Vaccination in Bombay 1874-1876 - 1874-1876
Year: 1874
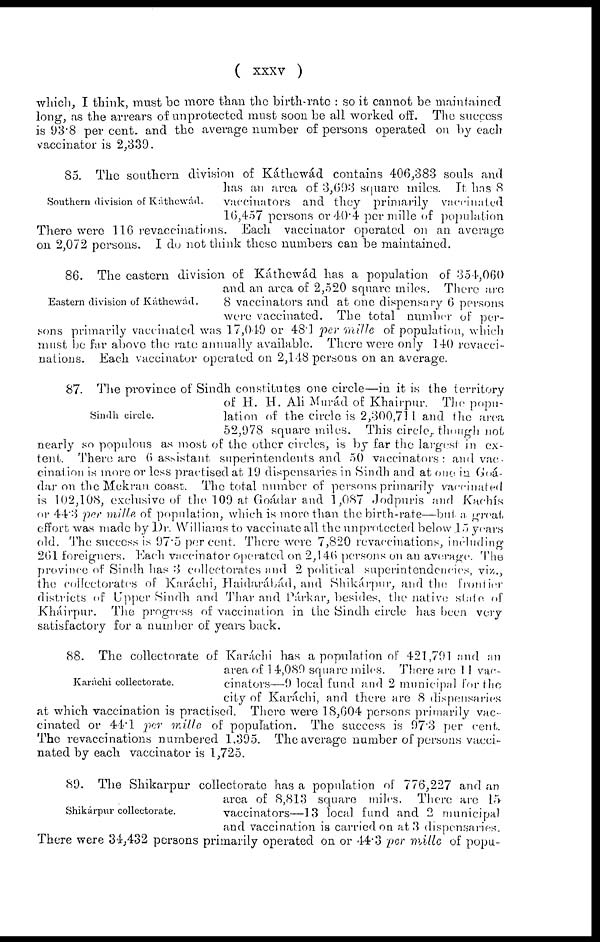
(
xxxv
)
which, I think, must be more than the birth-rate : so it cannot be maintained
long, as the arrears of unprotected must soon be all worked off. The success
is 93.8 per cent. and the average number of persons operated on by each
vaccinator is 2,339.
Southern division of Káthewád.
85. The southern division of Káthewád contains 406,383 souls and
has an area of 3,693 square miles. It has 8
vaccinators and they primarily vaccinated
16,457 persons or 40.4 per mille of population
There were 116 revaccinations. Each vaccinator operated on an average
on 2,072 persons. I do not think these numbers can be maintained.
Eastern division of Káthewád.
86. The eastern division of Káthewád has a population of 354,060
and an area of 2,520 square miles. There are
8 vaccinators and at one dispensary 6 persons
were vaccinated. The total number of per-
sons primarily vaccinated was 17,049 or 48.1 per mille of population, which
must be far above the rate annually available. There were only 140 revacci-
nations. Each vaccinator operated on 2,148 persons on an average.
Sindh circle.
87. The province of Sindh constitutes one circle—in it is the territory
of H. H. Ali Murád of Khairpur. The popu-
lation of the circle is 2,300,71 1 and the area
52,978 square miles. This circle, though not
nearly so populous as most of the other circles, is by far the largest in ex-
tent. There are 6 assistant superintendents and 50 vaccinators: and vac-
cination is more or less practised at 19 dispensaries in Sindh and at one in Goá-
dar on the Mekran coast. The total number of persons primarily vaccinated
is 102,108, exclusive of the 109 at Goádar and 1,087 Jodpuris and Kachís
or 44.3 per mille of population, which is more, than the birth-rate—but a great
effort was made by Dr. Williams to vaccinate all the unprotected below .15 years
old. The success is 97.5 per cent. There were 7,820 revaccinations, including
261 foreigners. Each vaccinator operated on 2,146 persons on an average. The
province of Sindh has 3 collectorates and 2 political superintendencies, viz.,
the collectorates of Karáchi, Haidarábád, and Shikárpur, and the frontier
districts of Upper Sindh and Thar and Párkar, besides, the native slate of
Kháirpur. The progress of vaccination in the Sindh circle has been very
satisfactory for a number of years back.
Karáchi collectorate.
88. The collectorate of Karáchi has a population of 421,791 and an
area of 14,089 square miles. There are 11 vac-
cinators—9 local fund and 2 municipal for the
city of Karáchi, and there are 8 dispensaries
at which vaccination is practised. There were 18,604 persons primarily vac-
cinated or 44.1 per mille of population. The success is 97.3 per cent.
The revaccinations numbered 1,395. The average number of persons vacci-
nated by each vaccinator is 1,725.
Shikárpur collectorate.
89. The Shikarpur collectorate has a population of 776,227 and an
area of 8,813 square miles. There are 15
vaccinators—13 local fund and 2 municipal
and vaccination is carried on at 3 dispensaries.
There were 34,432 persons primarily operated on or 44.3 per mille of popu-